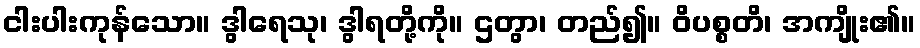
ငါးပါးကုန်သော။ ဒွါရေသု၊ ဒွါရတို့ကို။ ဌတွာ၊ တည်၍။ ဝိပစ္စတိ၊ အကျိုး၏။